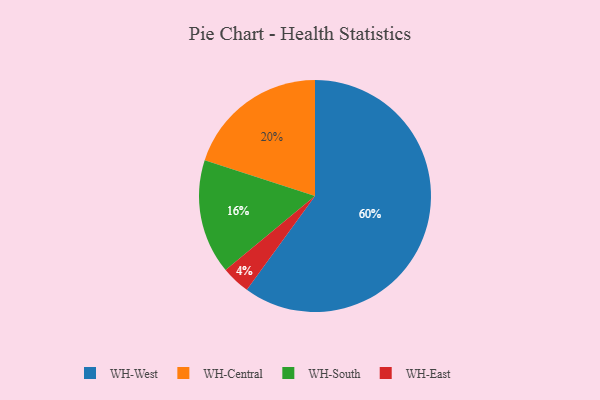
{"axis": {"x": "Category", "y": "Percentage"}, "legend": ["WH-Central", "WH-East", "WH-South", "WH-West"], "data": [{"x": "WH-South", "y": 16, "type": "WH-South"}, {"x": "WH-West", "y": 60, "type": "WH-West"}, {"x": "WH-East", "y": 4, "type": "WH-East"}, {"x": "WH-Central", "y": 20, "type": "WH-Central"}]}